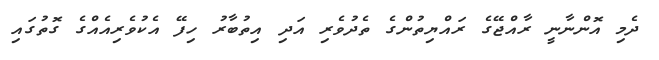
ދެމި އޮންނާނީ ރާއްޖޭގެ ރައްޔިތުންގެ ތެދުވެރި އަދި އިތުބާރު ހިފޭ އެކުވެރިއެއްގެ ގޮތުގައި